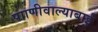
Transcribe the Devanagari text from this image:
पााणीवाल्याबाई